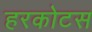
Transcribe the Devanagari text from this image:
हरकोटस